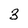
Character: 3